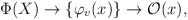
\begin{align*}\Phi(X) \to \{{\varphi}_v(x)\} \to {\mathcal O}(x),\end{align*}